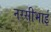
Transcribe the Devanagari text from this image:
नरसीभाई